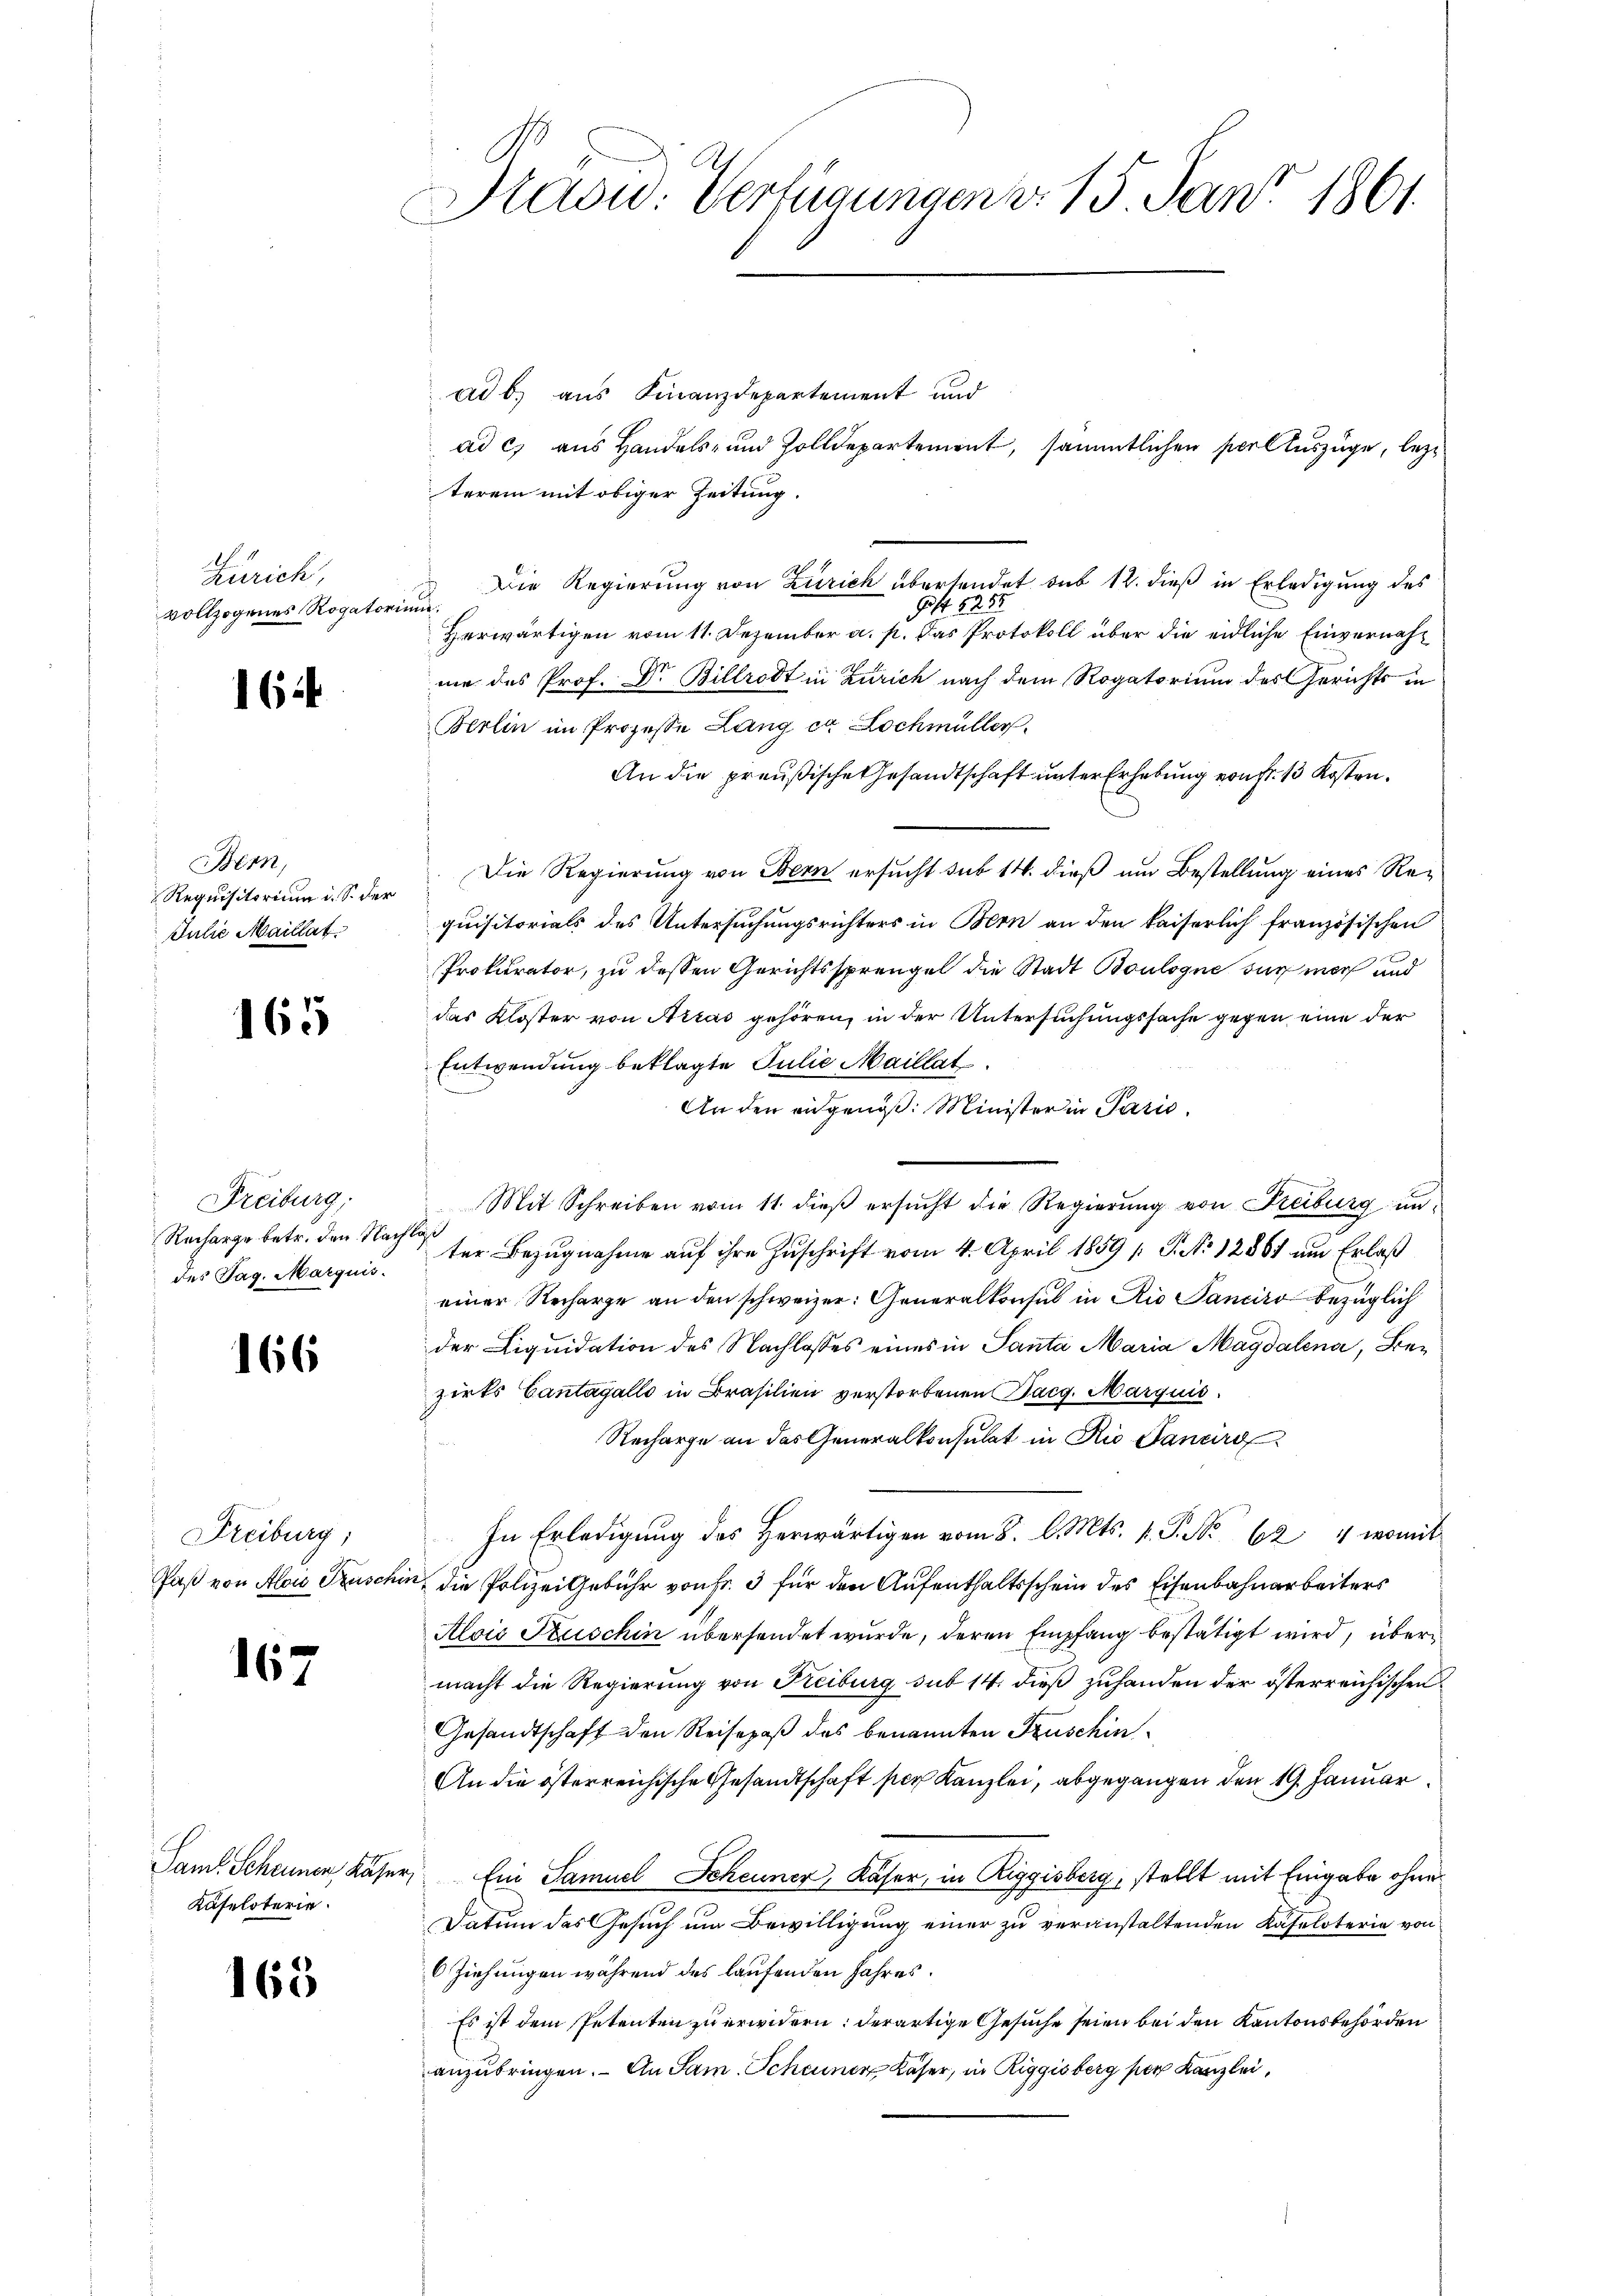
Zürich,
vollzogenes Rogatorium.

16

Bern,
Requisitorium d. S. der
Julie Maillat

165

Freiburg,
Recharge betr. den Nachläß
des Tag. Marquis.

166

Freiburg;

167

Käseloterie.

165

Radw. Verfügungen d. 15. Jan. 1861.

ad b. aus Finanzdepartement und
ad c) aus Handels- und Zolldepartement, sämmtlichen Perlluszüge, lezterem mit obiger Zeitung.
Die Regierung von Zürich übersendet sub 12. dieß in Erledigung des
9f 825
Herwärtigen vom 11. Dezember a. p. das Protokoll über die eidliche Einvernahnie des Prof. Dr. Billrodt in Zürich nach dem Rogatorium des Gerichts in
Berlin im Prozesse Lang ca Lochmüller
An die preußische Gesandtschaft unter Erhebung von Fr. 13 Kosten.
Die Regierung von Bern ersucht sub 14. dieß um Bestellung eines Requisitorials des Untersuchungsrichters in Bern an den kaiserlich französischen
Prokurator, zu dessen Gerichtssprengel die Stadt Boulogne sur mir und
das Kloster von Arras gehören, in der Untersuchungssache gegen eine der
Entwendung beklagte Julie Maillat
An den eidgenöß: Minister in Parić,
Mit Schreiben vom 11. dieß ersucht die Regierung von Freiburg unter Bezugnahme auf ihre Zuschrift vom 4. April 1859 [ P. No 12881 um Erlaß
einer Recharge an den schweizer: Generalkonsul in Rio Sanciro bezüglich
der Liquidation des Nachlasses eines in Santa Maria Magdalena, Bezirks Cantagallo in Brasilien verstorbenen Pacg. Marquis
Recharge an das Generalkonsulat in Rie Janeird
In Erledigung des Herwärtigen vom 8. d. Mts. v. J. No 624 womit
Paß von Alois Truschin, die Polizei Gebühr von Fr. 3 für den Aufenthaltsschein des Eisenbahnarbeiters
Alois Tuschin übersendet wurde, deren Empfang bestätigt wird, übermacht die Regierung von Freiburg sub 14. dieß zuhanden der österreichischen
Gesandtschaft den Reisepaß des benannten Fruschin¬
An die österreichische Gesandtschaft ser Kanzlei, abgegangen den 19. Januar
Sam Scheuner Käser Ein Samuel Scheuner, Käser, in Riggisberg, stellt mit Eingabe ohne
Datum des Gesuch um Bewilligung einer zu veranstaltenden Kasaloterie von
6 Ziehungen während des laufenden Jahres.
Es ist dem Petenten zu erwidern: derartige Gesuche seien bei den Kantonsbehörden
anzubringen. - An Sam. Scheuner Käser, in Riggisberg per Kanzlei,